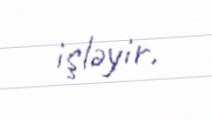
işləyir.